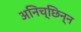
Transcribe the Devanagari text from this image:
अनिच्छिन्न